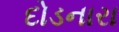
દોડનારા